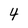
Character: 4